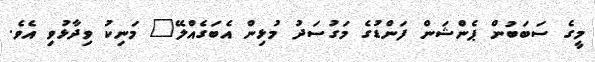
މީގެ ސަބަބުން ޕެންޝަން ފަންޑުގެ މަގުސަދު މުޅިން އެބަގެއްލޭ" މަނިކު ވިދާޅުވި އެވެ.